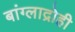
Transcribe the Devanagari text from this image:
बांग्लाद्रोही